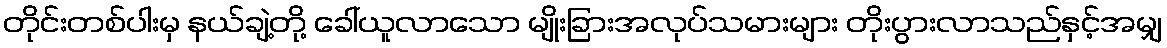
တိုင်းတစ်ပါးမှ နယ်ချဲ့တို့ ခေါ်ယူလာသော မျိုးခြားအလုပ်သမားများ တိုးပွားလာသည်နှင့်အမျှ